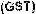
(GST)